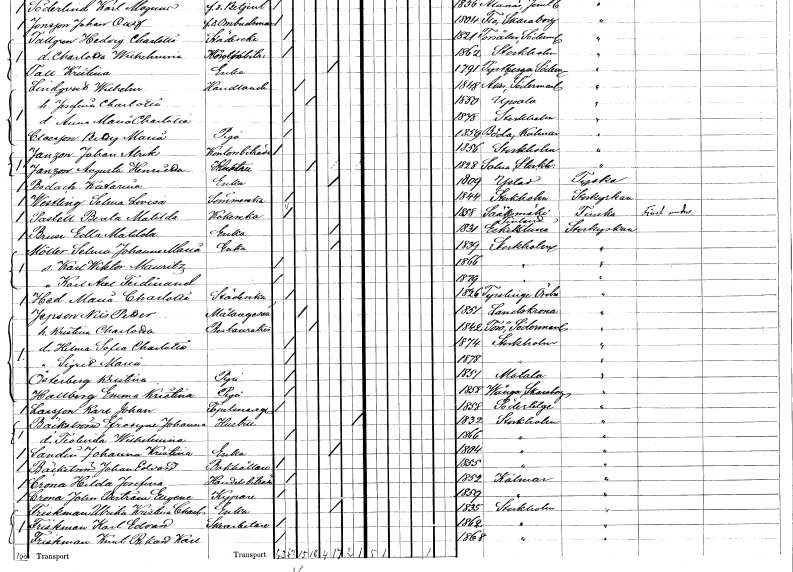
gt_parse: households: individuals: FN: Johan Alrik
EN: Janzon
YRKE: Kontorsbiträde
KON: M
CIV: O
FODAR: 1856
FODFORS: Stockholm
FN: Augusta Henrika
EN: Janzon
YRKE: Hustru
KON: K
CIV: G
FODAR: 1828
FODFORS: Solna Stockholms län
FN: Katarina
EN: Bodach
YRKE: Änka
KON: K
CIV: E
FODAR: 1809
FODFORS: Ystad Malmöhus län
FN: Selma Lovisa
EN: Westling
YRKE: Sömmerska
KON: K
CIV: O
FODAR: 1844
FODFORS: Stockholm
FN: Beata Matilda
EN: Pastell
YRKE: Kokerska
KON: K
CIV: O
FODAR: 1858
FN: Edla Matilda
EN: Bruse
YRKE: Änka
KON: K
CIV: E
FODAR: 1831
FODFORS: Eskilstuna Södermanlands län
FN: Selma Johanna Maria
EN: Möller
YRKE: Änka
KON: K
CIV: E
FODAR: 1839
FODFORS: Stockholm
FN: Karl Wiktor Mauritz
KON: M
CIV: O
FODAR: 1866
FODFORS: Stockholm
FN: Karl Axel Ferdinand
KON: M
CIV: O
FODAR: 1879
FODFORS: Stockholm
FN: Maria Charlotta
EN: Hed
YRKE: Städerska
KON: K
CIV: O
FODAR: 1826
FODFORS: Tysslinge Örebro län
FN: Nils Petter
EN: Jepson
YRKE: Målaregesäll
KON: M
CIV: G
FODAR: 1851
FODFORS: Landskrona Malmöhus län
FN: Kristina Charlotta
YRKE: Restauratrice
KON: K
CIV: G
FODAR: 1842
FODFORS: Torö Stockholms län
FN: Hilma Sofia Charlotta
KON: K
CIV: O
FODAR: 1874
FODFORS: Stockholm
FN: Sigrid Maria
KON: K
CIV: O
FODAR: 1878
FODFORS: Stockholm
FN: Kristina
EN: Österberg
YRKE: Piga
KON: K
CIV: O
FODAR: 1851
FODFORS: Motala Östergötlands län
FN: Emma Kristina
EN: Hallberg
YRKE: Piga
KON: K
CIV: O
FODAR: 1858
FODFORS: Vånga Skaraborgs län
FN: Karl Johan
EN: Larsson
YRKE: Tapetseraregesäll
KON: M
CIV: O
FODAR: 1858
FODFORS: Södertälje Stockholms län
FN: Efrosyne Johanna
EN: Bäckström
YRKE: Hustru
KON: K
CIV: X
FODAR: 1832
FODFORS: Stockholm
FN: Teolinda Wilhelmina
KON: K
CIV: O
FODAR: 1866
FODFORS: Stockholm
FN: Johanna Kristina
EN: Sandin
YRKE: Änka
KON: K
CIV: E
FODAR: 1804
FODFORS: Stockholm
FN: Johan Edvard
EN: Bäckström
YRKE: Bokhållare
KON: M
CIV: O
FODAR: 1855
FODFORS: Stockholm
FN: Hilda Josefina
EN: Crona
YRKE: Handelsbiträde
KON: K
CIV: O
FODAR: 1852
FODFORS: Kalmar Kalmar län
FN: John Bertram Eugen
EN: Crona
YRKE: Kypare
KON: M
CIV: O
FODAR: 1859
FODFORS: Kalmar Kalmar län
FN: Ulrika Kristina Charlotta
EN: Friskman
YRKE: Änka
KON: K
CIV: E
FODAR: 1835
FODFORS: Stockholm
FN: Karl Edvard
EN: Friskman
YRKE: Skoarbetare
KON: M
CIV: O
FODAR: 1862
FODFORS: Stockholm
FN: Knut Rikard Karl
EN: Friskman
KON: M
CIV: O
FODAR: 1868
FODFORS: Stockholm